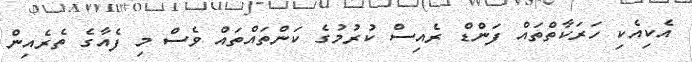
އެކިއެކި ހަރަކާތްތައް ފަންޑް ރެއިސް ކުރުމުގެ ކަންތައްތައް ވެސް މި ފެއާގެ ތެރެއިން